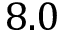
8 . 0